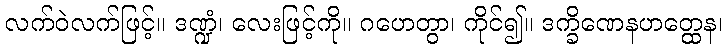
လက်ဝဲလက်ဖြင့်။ ဒဏ္ဍံ၊ လေးဖြင့်ကို။ ဂဟေတွာ၊ ကိုင်၍။ ဒက္ခိဏေနဟတ္ထေန၊